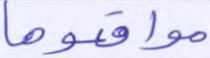
مواقعوها